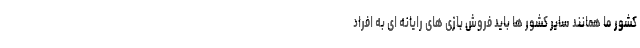
کشور ما همانند سایر کشور ها باید فروش بازی های رایانه ای به افراد